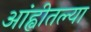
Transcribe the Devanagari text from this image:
आंह्वीतल्या